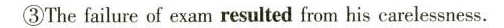
③Thefailure of exam resulted from his carelessness.